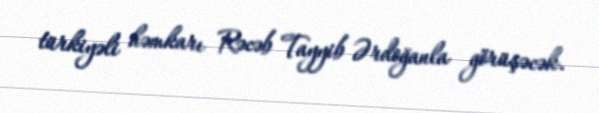
türkiyəli həmkarı Rəcəb Tayyib Ərdoğanla görüşəcək.